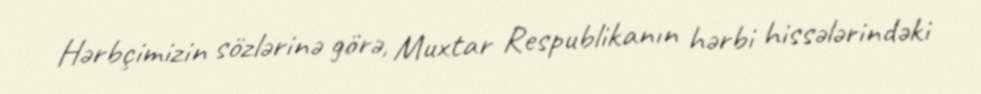
Hərbçimizin sözlərinə görə, Muxtar Respublikanın hərbi hissələrindəki